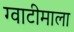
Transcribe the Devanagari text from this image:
ग्वाटीमाला